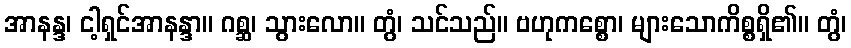
အာနန္ဒ၊ ငါ့ရှင်အာနန္ဒာ။ ဂစ္ဆ၊ သွားလော။ တွံ၊ သင်သည်။ ဗဟုကစ္စော၊ များသောကိစ္စရှိ၏။ တွံ၊